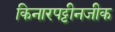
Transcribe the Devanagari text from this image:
किनारपट्टीनजीक